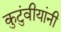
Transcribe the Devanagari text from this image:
कुटुंवीयांनी